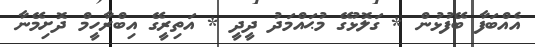
އެއްބަފާ ބޭފުޅުން * ގަލޮޅުގޭ މުޙައްމަދު ދީދީ * އަތިރީގޭ އިބްރާހީމް ދޮށިމޭނާ